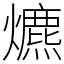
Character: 爊